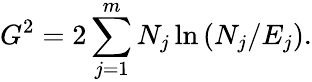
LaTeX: G^{2}=2\sum_{j=1}^{m}N_{j}\ln\left(N_{j}/E_{j}\right).